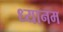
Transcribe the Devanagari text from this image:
ध्यानम